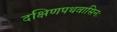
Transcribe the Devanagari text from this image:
दक्षिणपथवासिनः